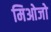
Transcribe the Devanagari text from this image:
मिओजो